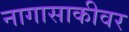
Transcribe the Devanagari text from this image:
नागासाकीवर